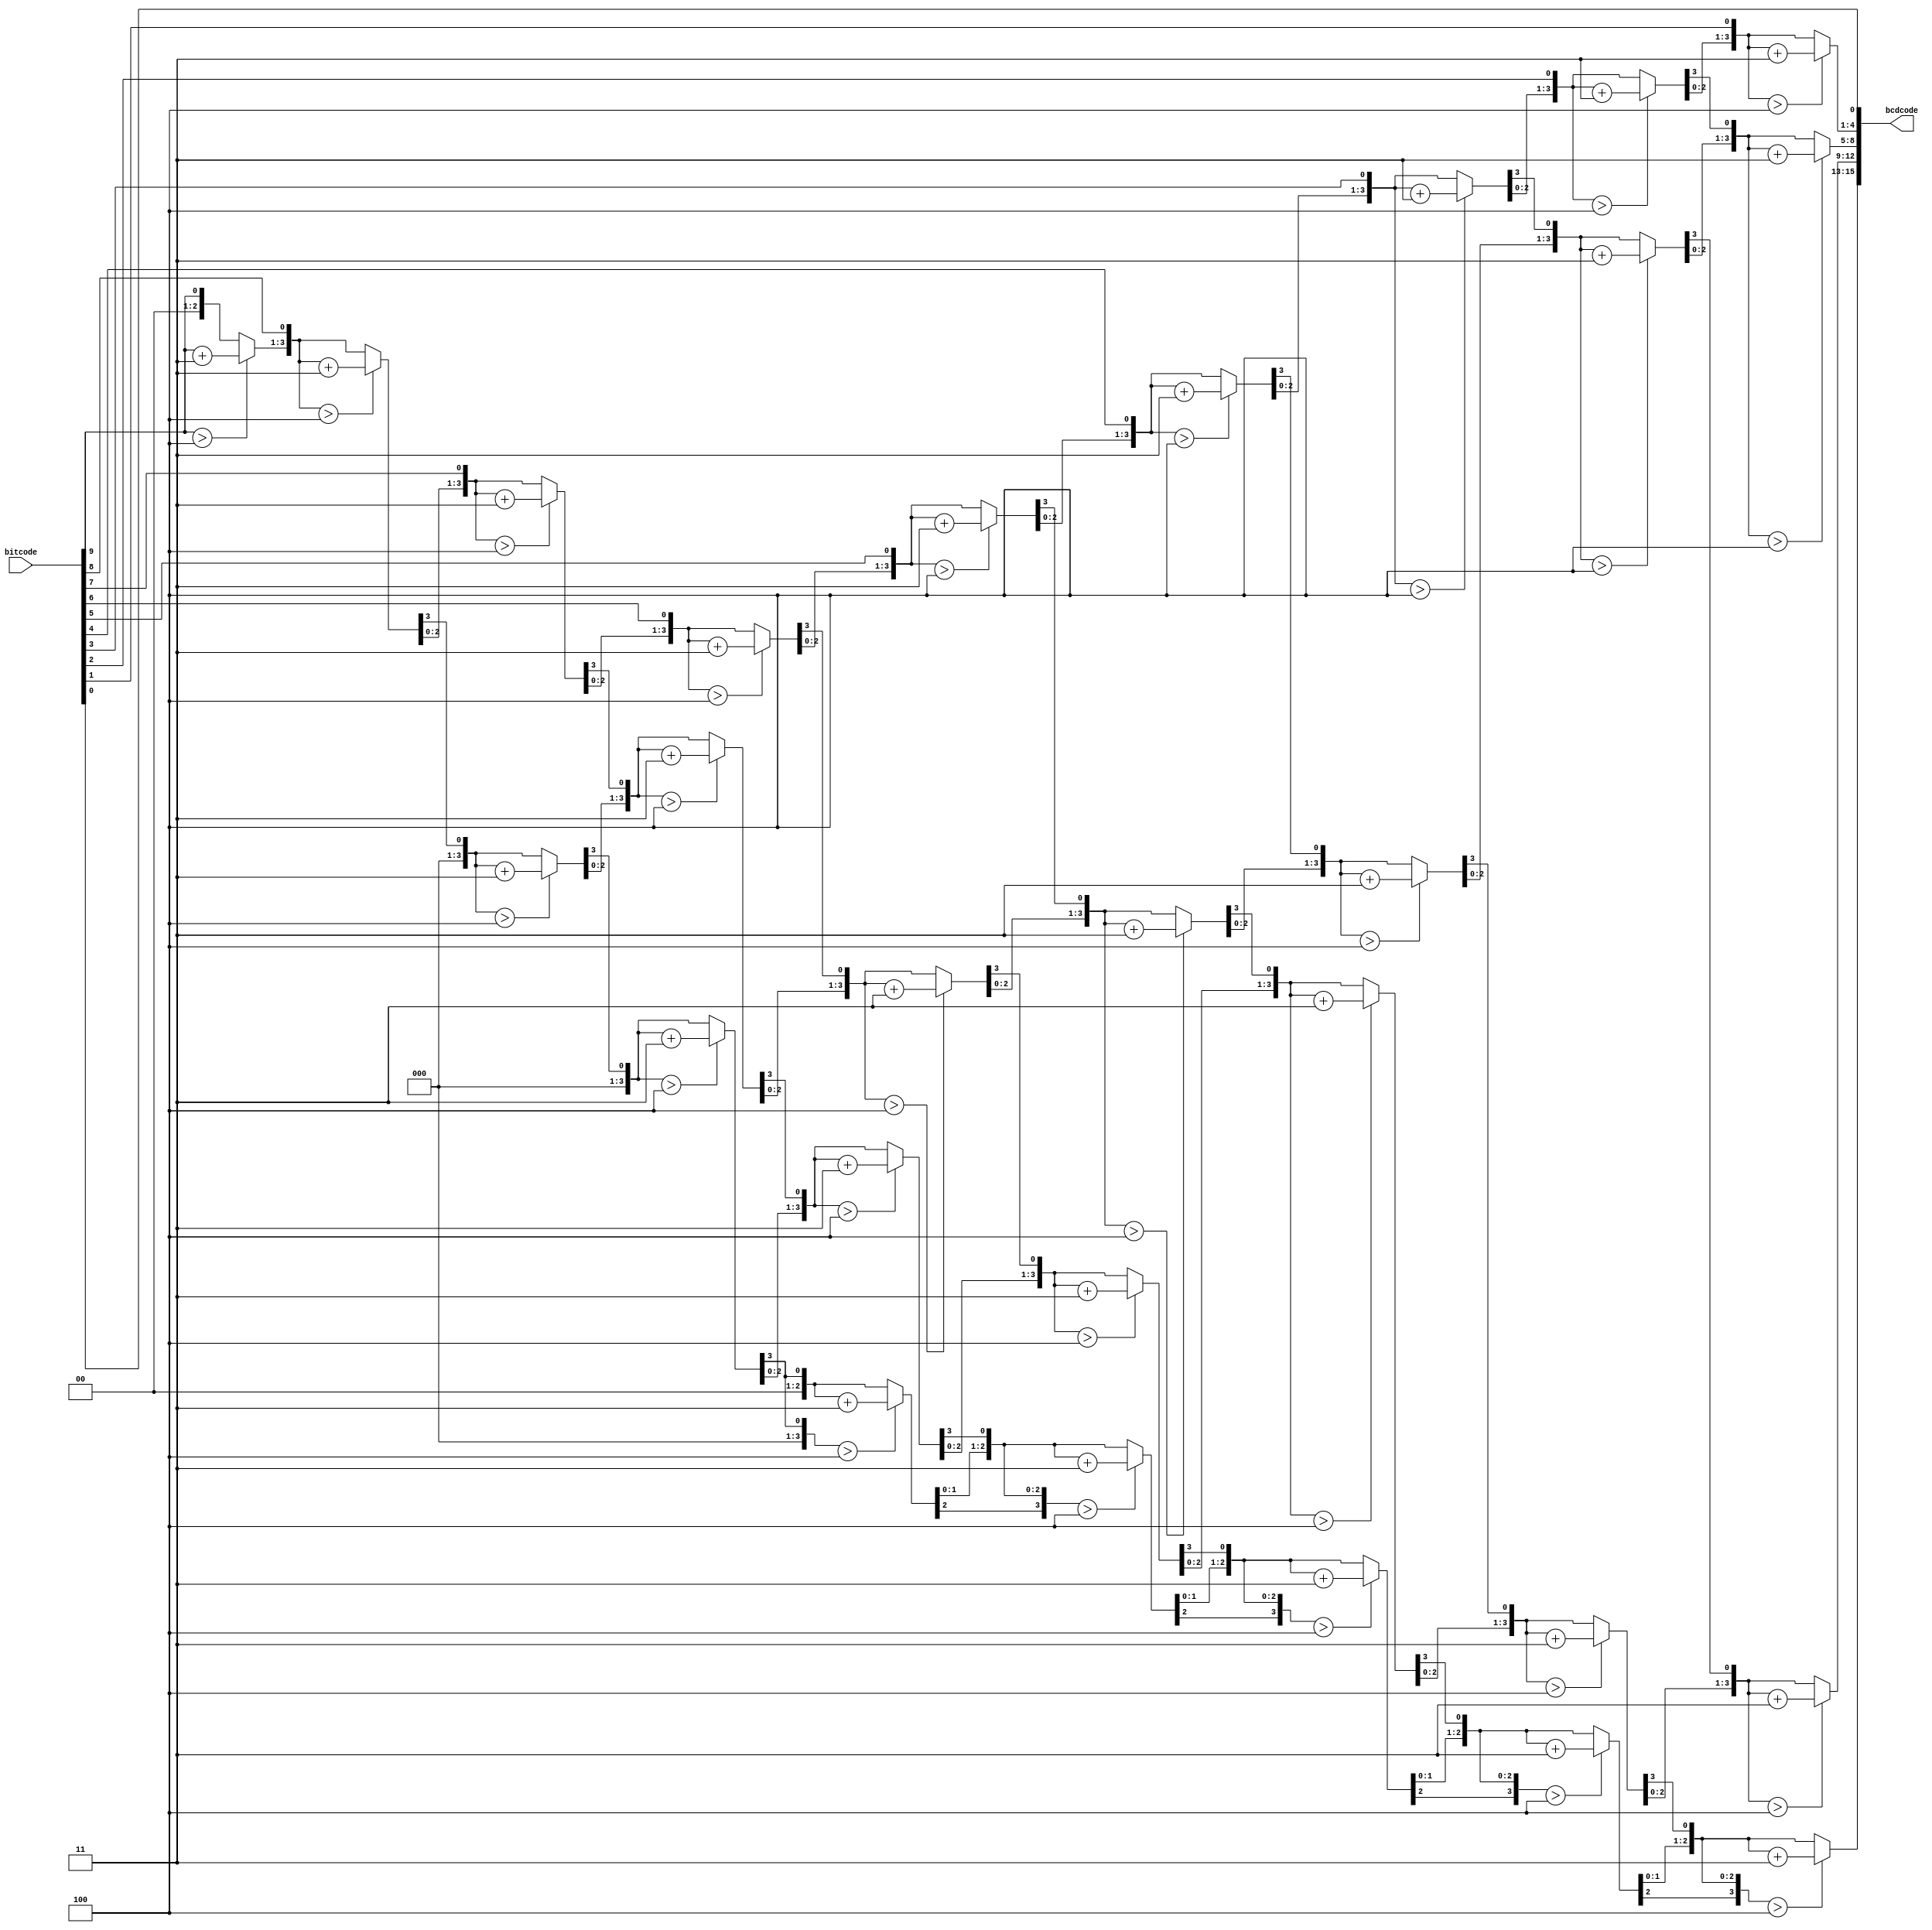
module Binary2BCD (
    input  wire [9:0]  bitcode,
    output reg  [15:0] bcdcode
);
    integer i;
    always @(bitcode) begin
        bcdcode = 16'd0;
        for (i = 9; i >= 0; i = i - 1) begin
            if (bcdcode[15:12] > 4'd4)
                bcdcode[15:12] = bcdcode[15:12] + 4'd3;
            if (bcdcode[11:8]  > 4'd4)
                bcdcode[11:8]  = bcdcode[11:8]  + 4'd3;
            if (bcdcode[7:4]   > 4'd4)
                bcdcode[7:4]   = bcdcode[7:4]   + 4'd3;
            if (bcdcode[3:0]   > 4'd4)
                bcdcode[3:0]   = bcdcode[3:0]   + 4'd3;
            bcdcode = bcdcode << 1;
            bcdcode[0] = bitcode[i];
        end
    end

endmodule //Binary2BCD